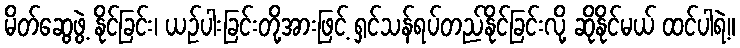
မိတ်ဆွေဖွဲ့ နိုင်ခြင်း၊ ယဉ်ပါးခြင်းတို့အားဖြင့် ရှင်သန်ရပ်တည်နိုင်ခြင်းလို့ ဆိုနိုင်မယ် ထင်ပါရဲ့။